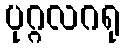
ပုဂ္ဂလဂရု